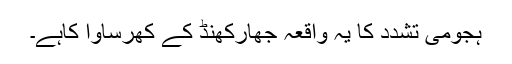
ہجومی تشدد کا یہ واقعہ جھارکھنڈ کے کھرساوا کاہے۔